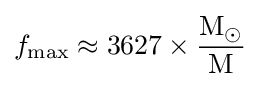
f_{\text{max}}\approx 3627\times {{\text{M}}_{\odot } \over {\text{M}}}